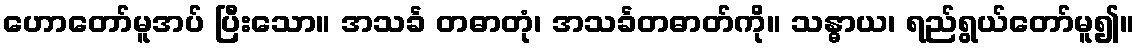
ဟောတော်မူအပ် ပြီးသော။ အသင်္ခ တဓာတုံ၊ အသင်္ခတဓာတ်ကို။ သန္ဓာယ၊ ရည်ရွယ်တော်မူ၍။